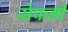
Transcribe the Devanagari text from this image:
सेंफनी